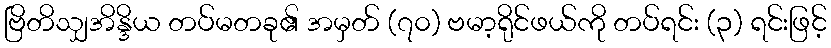
ဗြိတိသျှအိန္ဒိယ တပ်မတခု၏ အမှတ် (၇၀) ဗမာ့ရိုင်ဖယ်ကို တပ်ရင်း (၃) ရင်းဖြင့်